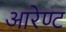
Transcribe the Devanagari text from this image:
आरेण्ट